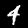
Label: 4